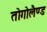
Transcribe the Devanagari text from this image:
तोगोलैण्ड